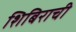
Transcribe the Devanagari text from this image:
शिबिराची